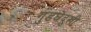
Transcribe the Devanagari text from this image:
गुडघेदुखी